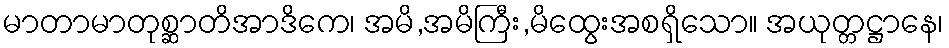
မာတာမာတုစ္ဆာတိအာဒိကေ၊ အမိ,အမိကြီး,မိထွေးအစရှိသော။ အယုတ္တဋ္ဌာနေ၊